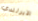
الايرلندي